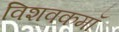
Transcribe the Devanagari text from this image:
विशवकमॉ